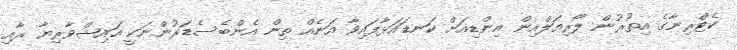
ކެޓްރިނާގެ އިތުރުން ލޯރިއަލްއިން އިންޑިއަށް ކަނޑައަޅާފައިވާ އަނެއް ތިން އެންބެސެޑަރުންނަކީ އައިޝްވާރިޔާ ރާއި